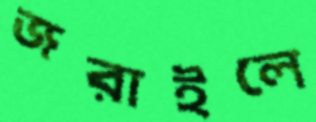
জরাইলে